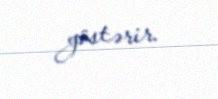
göstərir.